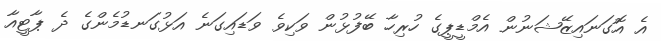
އެ އޮގަނައިޒޭޝަނުން އެމްޑީޕީގެ ހުރިހާ ބޭފުޅުން ވަކިވެ ވަޑައިިގަނެ އަޅުގަނޑުމެންގެ ދެ ޕާޓީއާ